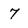
Character: 7